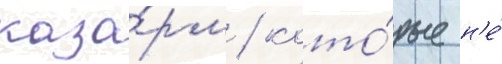
каза́рм / кото́рые н'е́